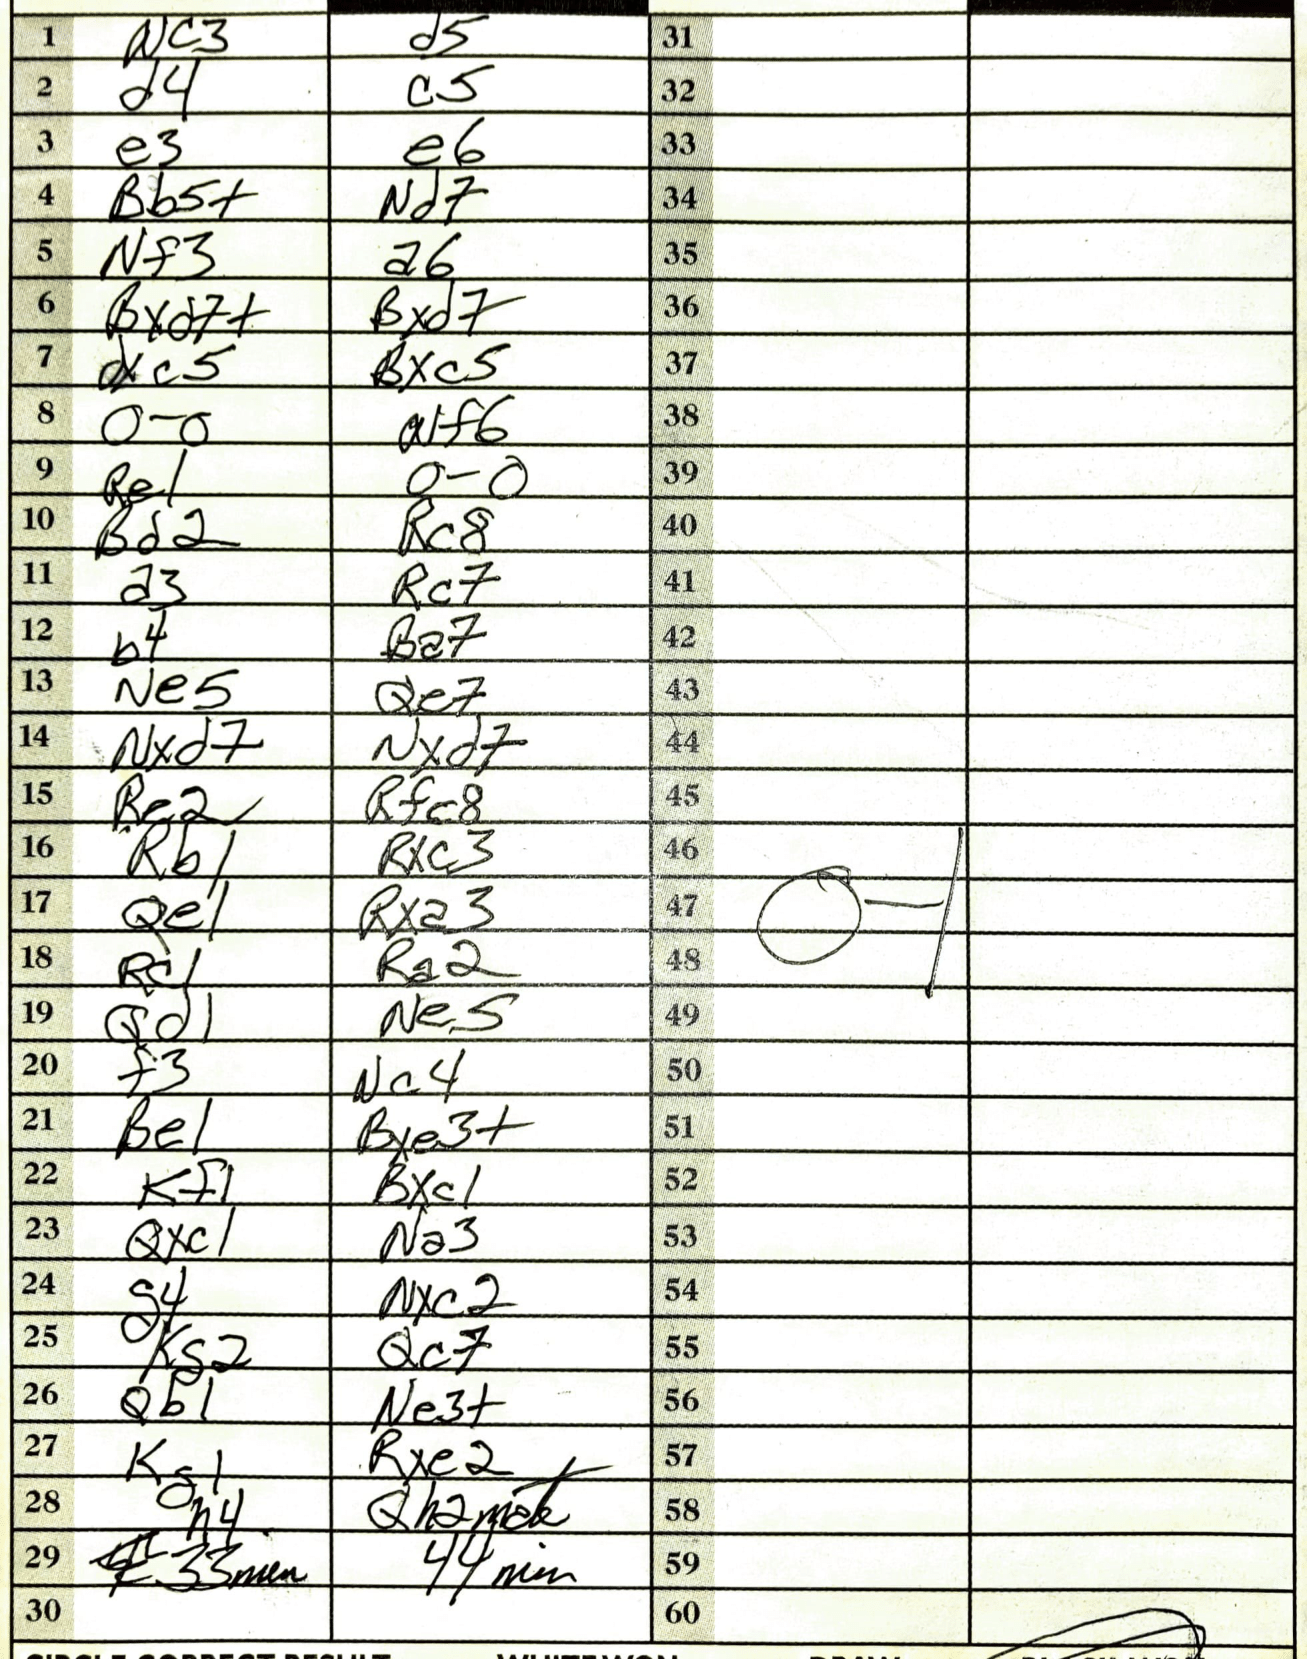
Moves: Nc3 d5 d4 c5 e3 e6 Bb5+ Nd7 Nf3 a6 Bxd7+ Bxd7 dxc5 Bxc5 O-O Nf6 Re1 O-O Bd2 Rc8 a3 Rc7 b4 Ba7 Ne5 Qe7 Nxd7 Nxd7 Re2 Rfc8 Rb1 Rxc3 Qe1 Rxa3 Rc1 Ra2 Qd1 Ne5 f3 Nc4 Be1 Bxe3+ Kf1 Bxc1 Qxc1 Na3 g4 Nxc2 Bg2 Qc7 Qb1 Ne3+ Kg1 Rxe2 h4 Qh2